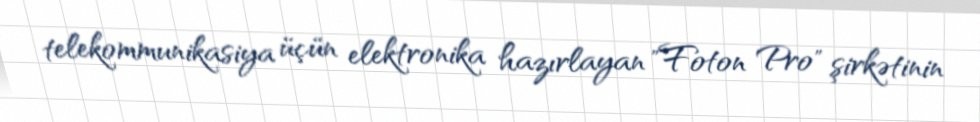
telekommunikasiya üçün elektronika hazırlayan "Foton Pro" şirkətinin